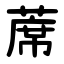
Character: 蓆